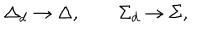
LaTeX: \Delta _ { d } \rightarrow \Delta , \qquad \Sigma _ { d } \rightarrow \Sigma ,